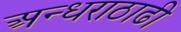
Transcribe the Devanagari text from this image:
अन्धराठाढी